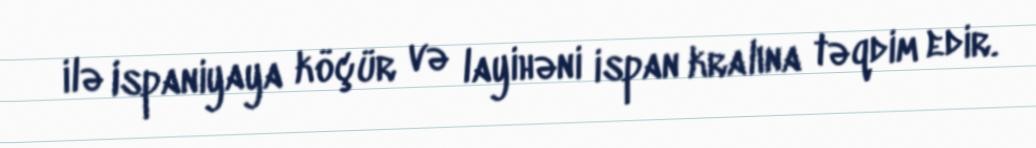
ilə Ispaniyaya köçür və layihəni ispan kralına təqdim edir.